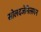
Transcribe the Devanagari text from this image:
सोलदजेनित्सयन